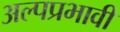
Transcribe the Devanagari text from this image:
अल्पप्रभावी